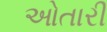
ઓતારી